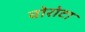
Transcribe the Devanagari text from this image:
वोरोटा